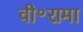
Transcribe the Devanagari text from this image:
वी॰रामा